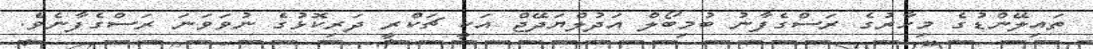
ތައިލޭންޑުގެ މިހާރުގެ ރަސްގެފާނު ބުމިބޯލް އަދުލްޔަދޭޖް އަކީ ޗަކްރީ ދަރިކޮޅުގެ ނުވަވަނަ ރަސްގެފާނެވެ.